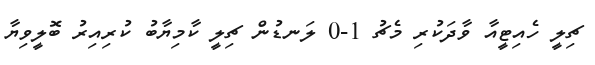
ޗިލީ ހެއިޓީއާ ވާދަކުރި މެޗު 1-0 ލަނޑުން ޗިލީ ކާމިޔާބު ކުރިއިރު ބޮލީވިޔާ